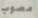
مصوب